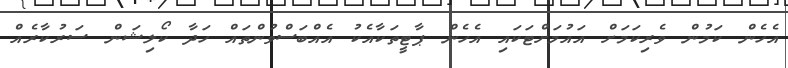
އެހެން ކަމުން ވެރިކަމަށް އައުމަށްޓަކައި އެހެން ޕާޓީތަކާއެކު އެއްބަސްވުންތައް ހަދާ ކޯލިޝަން ސަރުކާރެއް